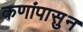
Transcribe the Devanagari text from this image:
कणांपासुन